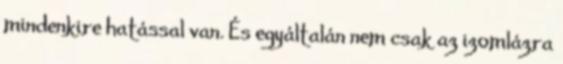
mindenkire hatással van. És egyáltalán nem csak az izomlázra